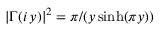
| \Gamma ( i \, y ) | ^ { 2 } = \pi / ( y \sinh ( \pi y ) )